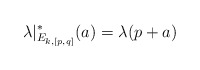
\begin{align*}\lambda|_{E_{k,[p,q]}}^*(a) = \lambda(p+a)\end{align*}